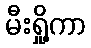
မီးရှို့ကာ